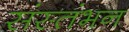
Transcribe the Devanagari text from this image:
संस्तंभन